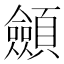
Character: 顩